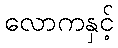
လောကနှင့်